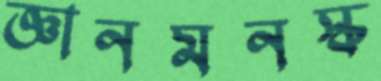
জ্ঞানমনস্ক